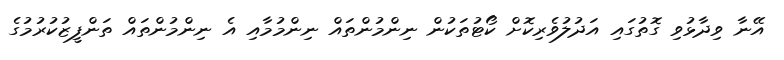
އޭނާ ވިދާޅުވި ގޮތުގައި އަދުލުވެރިކޮށް ކޯޓުތަކުން ނިންމުންތައް ނިންމުމާއި އެ ނިންމުންތައް ތަންފީޒުކުރުމުގެ